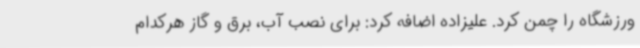
ورزشگاه را چمن کرد. علیزاده اضافه کرد: برای نصب آب، برق و گاز هرکدام